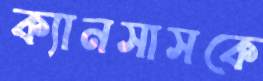
ক্যানসাসকে